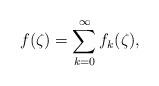
LaTeX: \begin{align*}f(\zeta) = \sum_{k=0}^{\infty} f_k(\zeta),\end{align*}